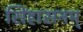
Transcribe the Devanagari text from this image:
सिंहासनम्